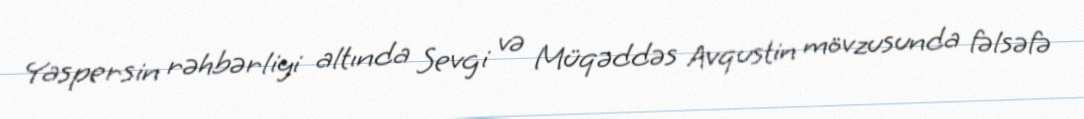
Yaspersin rəhbərliyi altında Sevgi və Müqəddəs Avqustin mövzusunda fəlsəfə